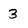
Character: 3